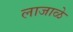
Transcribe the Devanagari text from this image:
लाजाळे